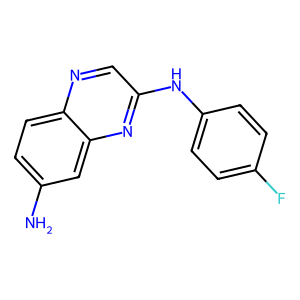
SMILES: Nc1ccc2ncc(Nc3ccc(F)cc3)nc2c1
Inhibits HIV replication: No